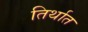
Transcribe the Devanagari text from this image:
तिर्थात